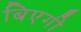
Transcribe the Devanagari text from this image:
बिएगी